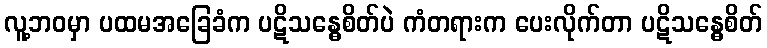
လူ့ဘဝမှာ ပထမအခြေခံက ပဋိသန္ဓေစိတ်ပဲ ကံတရားက ပေးလိုက်တာ ပဋိသန္ဓေစိတ်